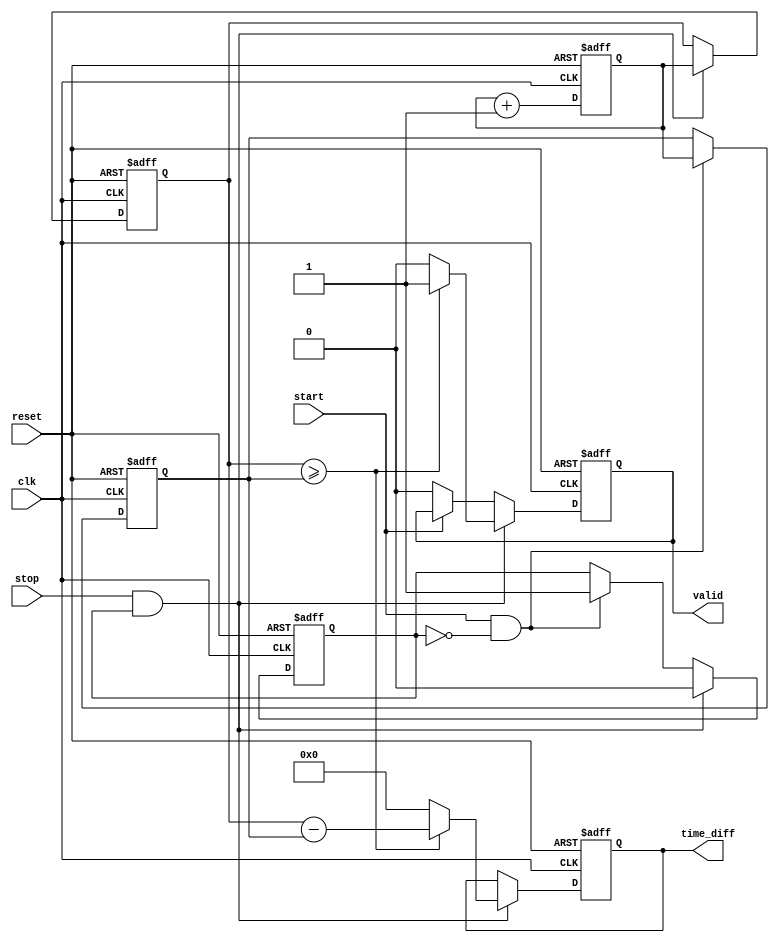
module TDC (
    input wire clk,            // High-frequency clock
    input wire reset,          // Reset signal
    input wire start,          // START event signal
    input wire stop,           // STOP event signal
    output reg [15:0] time_diff, // Output for time difference
    output reg valid           // Indicates valid output
);

    reg [15:0] start_timestamp; // Store START timestamp
    reg [15:0] stop_timestamp;  // Store STOP timestamp
    reg capturing;              // State for capturing timestamps
    reg [15:0] clk_count;       // Clock counter

    // Memory Block Simulation for START and STOP timestamps
    reg [15:0] start_mem [0:15]; // Example memory block for START timestamps
    reg [15:0] stop_mem [0:15];  // Example memory block for STOP timestamps
    reg [3:0] start_index;       // Pointer for START memory
    reg [3:0] stop_index;        // Pointer for STOP memory

    always @(posedge clk or posedge reset) begin
        if (reset) begin
            clk_count <= 16'b0;
            start_timestamp <= 16'b0;
            stop_timestamp <= 16'b0;
            start_index <= 4'b0;
            stop_index <= 4'b0;
            capturing <= 1'b0;
            valid <= 1'b0;
            time_diff <= 16'b0;
        end else begin
            clk_count <= clk_count + 1;

            // Detect START event
            if (start && !capturing) begin
                capturing <= 1'b1;
                start_timestamp <= clk_count; // Capture START timestamp
                start_mem[start_index] <= clk_count; // Store in memory
                start_index <= start_index + 1; // Increment index
            end
            
            // Detect STOP event
            if (stop && capturing) begin
                capturing <= 1'b0;
                stop_timestamp <= clk_count; // Capture STOP timestamp
                stop_mem[stop_index] <= clk_count; // Store in memory
                stop_index <= stop_index + 1; // Increment index

                // Calculate time difference
                if (stop_timestamp >= start_timestamp) begin
                    time_diff <= stop_timestamp - start_timestamp;
                    valid <= 1'b1; // Set valid output
                end else begin
                    time_diff <= 16'b0; // Handle underflow
                    valid <= 1'b0; // Indicate invalid
                end
            end else if (!start) begin
                valid <= 1'b0; // Reset valid output if START is not active
            end
        end
    end

endmodule